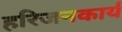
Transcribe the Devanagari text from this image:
हरिजनकार्य